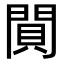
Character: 閴